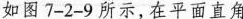
如图7-2-9所示，在平面直角